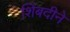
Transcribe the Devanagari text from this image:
शिंबदीने